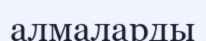
алмаларды